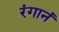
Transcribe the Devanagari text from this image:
रंगानं